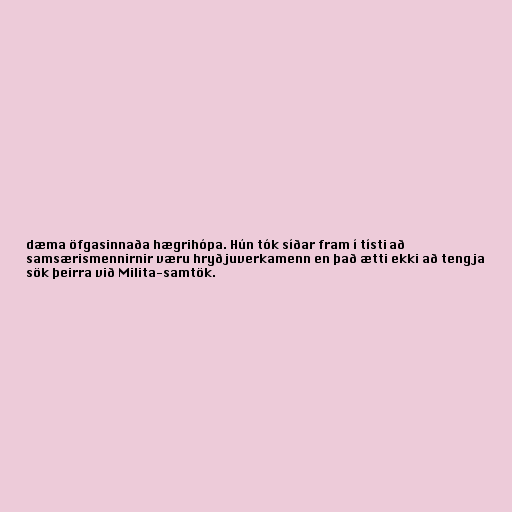
dæma öfgasinnaða hægrihópa. Hún tók síðar fram í tísti að
samsærismennirnir væru hryðjuverkamenn en það ætti ekki að tengja
sök þeirra við Milita-samtök.